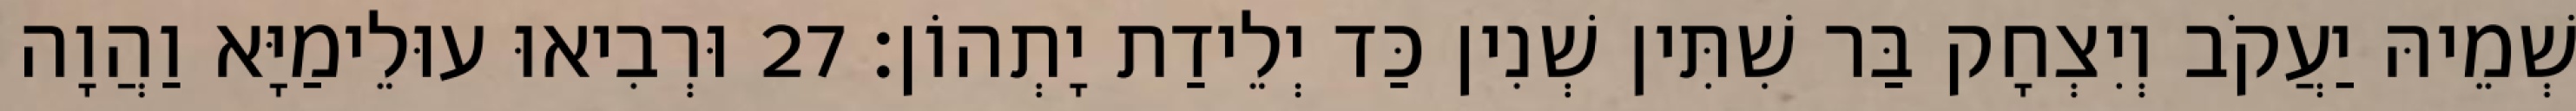
שְׁמֵיהּ יַעֲקֹב וְיִצְחָק בַּר שִׁתִּין שְׁנִין כַּד יְלֵידַת יָתְהוֹן׃ 27 וּרְבִיאוּ עוּלֵימַיָּא וַהֲוָה